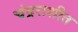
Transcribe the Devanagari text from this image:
चंद्रराशीत